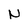
Character: N